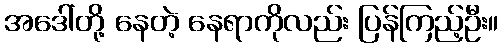
အဒေါ်တို့ နေတဲ့ နေရာကိုလည်း ပြန်ကြည့်ဦး။